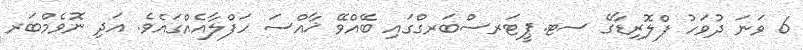
6 ވަނަ ދުވަހު ފްލޮރިޑާގެ ސޓ.ޕީޓަރސްބަރގްގައި ބޭއްވޭ ޚާއްސަ ހަފްލާއެއްގައެވެ. އަދި ނޮވެމްބަރ